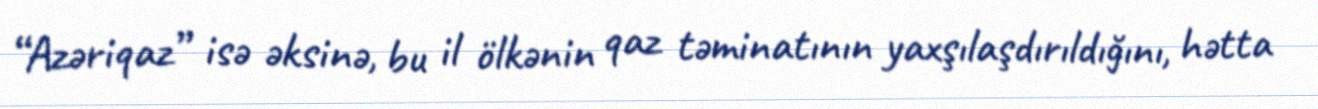
“Azəriqaz” isə əksinə, bu il ölkənin qaz təminatının yaxşılaşdırıldığını, hətta